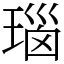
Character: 瑙